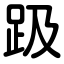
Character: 趿